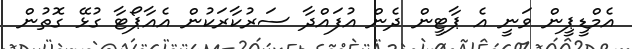
އެމްޑީޕީން ވަނީ އެ ޕާޓީން ދެން އުފައްދާ ސަރުކާރަކުން އެއާޕޯޓާ ގުޅޭ ގޮތުން